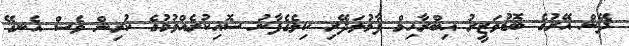
ދޭން އޭރުގެ ބޮޑުވަޒީރު އިބްރާހިމް ފާމުލަދޭރި ކިލެގެފާނު ސޮއިކުރެއްވުމުގެ ކުރިން ވެސް އެނގޭ